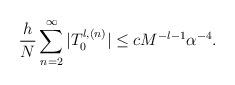
LaTeX: \begin{align*}\frac{h}{N}\sum_{n=2}^{\infty}|T_0^{l,(n)}|\le cM^{-l-1}\alpha^{-4}.\end{align*}